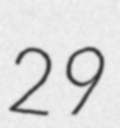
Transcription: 29